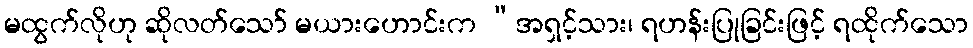
မထွက်လိုဟု ဆိုလတ်သော် မယားဟောင်းက “အရှင့်သား၊ ရဟန်းပြုခြင်းဖြင့် ရထိုက်သော